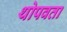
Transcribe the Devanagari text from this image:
थोपवता